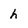
Character: h